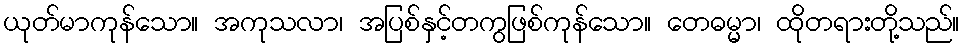
ယုတ်မာကုန်သော။ အကုသလာ၊ အပြစ်နှင့်တကွဖြစ်ကုန်သော။ တေဓမ္မာ၊ ထိုတရားတို့သည်။